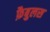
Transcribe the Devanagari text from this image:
फ़ैबुलस